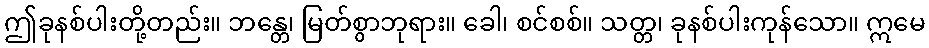
ဤခုနစ်ပါးတို့တည်း။ ဘန္တေ၊ မြတ်စွာဘုရား။ ခေါ၊ စင်စစ်။ သတ္တ၊ ခုနစ်ပါးကုန်သော။ ဣမေ